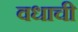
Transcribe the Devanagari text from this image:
वधाची